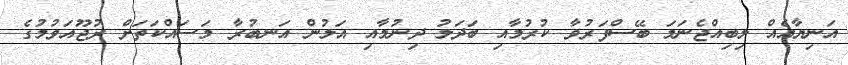
އަނިޔާއެއް ލިބިއްޖެނަމަ ބޭސްފަރުވާ ކުރުމާއި ބަދަލު ދިނުމާއި އަލުން އަނބުރާ މަސައްކަތަށް ރުޖޫއަވުމުގެ